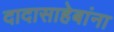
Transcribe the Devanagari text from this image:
दादासाहेबांना